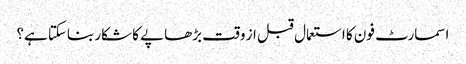
اسمارٹ فون کا استعمال قبل از وقت بڑھاپے کا شکار بناسکتا ہے؟